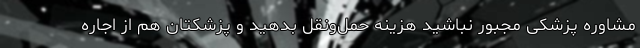
مشاوره پزشکی مجبور نباشید هزینه حمل‌ونقل بدهید و پزشکتان هم از اجاره